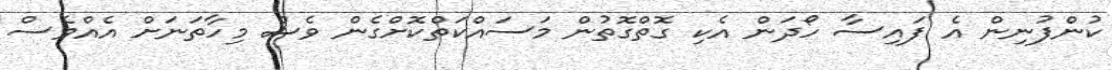
ކުންފުނިން އެ ފައިސާ ހޯދަން އެކި ގޮތްގޮތުން މަސައްކަތްކޮށްގެން ވެސް މިހާތަނަށް އެއްވެސް